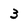
Character: 3